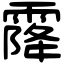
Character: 𩄐